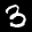
Label: 3